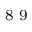
^ \textrm { \scriptsize 8 9 }